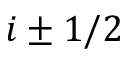
i \pm 1 / 2